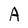
Character: A